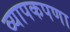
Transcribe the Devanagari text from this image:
व्यापकपणा